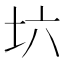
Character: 𡉽